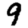
Digit: 9